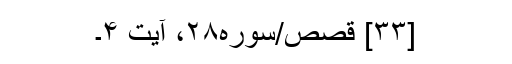
[۳۳] قصص/سوره۲۸، آیت ۴۔